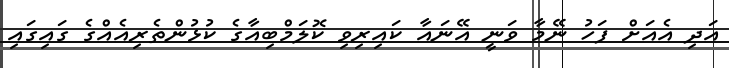
އަދި އެއަށް ފަހު ނޭމާ ވަނީ އޭނައާ ކައިރިވި ކޮލަމްބިއާގެ ކުޅުންތެރިއެއްގެ ގައިގައި